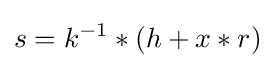
s=k^{-1}*(h+x*r)